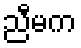
ညီမက